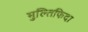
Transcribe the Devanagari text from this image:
मुल्तिफिदा